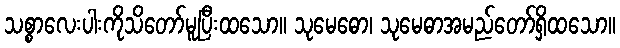
သစ္စာလေးပါးကိုသိတော်မူပြီးထသော။ သုမေဓော၊ သုမေဓာအမည်တော်ရှိထသော။